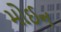
મોઈન